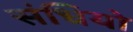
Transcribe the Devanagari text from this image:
संधियो